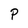
Character: P